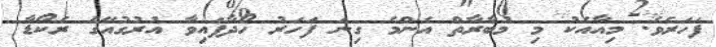
ފަހަރެވެ. މިއާއެކު މި މުބާރާތް އެންމެ ގިނަ ފަހަރު ހޯދާފައިވާ އުރުގުއޭގެ ރެކޯޑާ